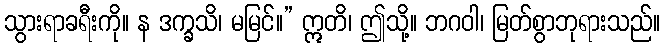
သွားရာခရီးကို။ န ဒက္ခသိ၊ မမြင်။” ဣတိ၊ ဤသို့။ ဘဂဝါ၊ မြတ်စွာဘုရားသည်။